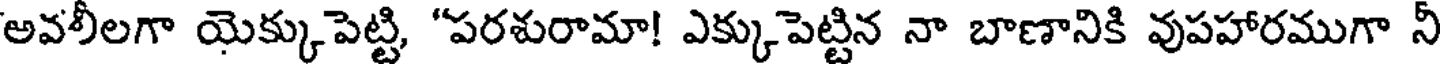
అవలీలగా యెక్కుపెట్టి, "పరశురామా! ఎక్కుపెట్టిన నా బాణానికి వుపహారముగా నీ